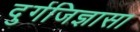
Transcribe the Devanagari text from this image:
दुर्गजिज्ञासा